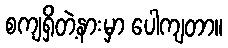
စကျရှိတဲ့နားမှာ ပေါကျတာ။